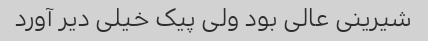
شیرینی عالی بود ولی پیک خیلی دیر آورد